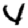
Digit: 4